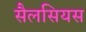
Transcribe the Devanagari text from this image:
सैलसियस